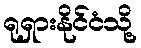
ရုရှားနိုင်ငံသို့